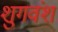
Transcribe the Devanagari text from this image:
शुगवंश